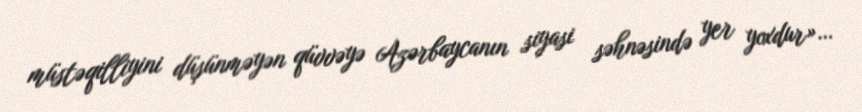
müstəqilliyini düşünməyən qüvvəyə Azərbaycanın siyasi səhnəsində yer yoxdur»…